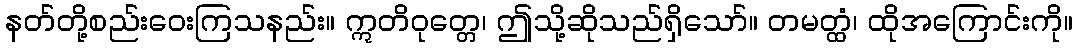
နတ်တို့စည်းဝေးကြသနည်း။ ဣတိဝုတ္တေ၊ ဤသို့ဆိုသည်ရှိသော်။ တမတ္ထံ၊ ထိုအကြောင်းကို။